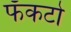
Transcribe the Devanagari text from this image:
फॅकटो